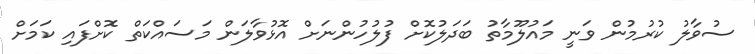
ސުވާލު ކުރުމުން ވަނީ މައުލޫމާތު ބަދަލުކޮށް ފުލުހުންނަށް އޮޅުވާލަން މަސައްކަތް ކޮށްފައި ކަމަށް